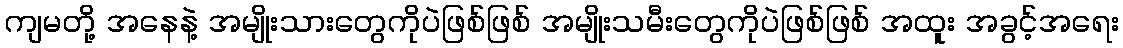
ကျမတို့ အနေနဲ့ အမျိုးသားတွေကိုပဲဖြစ်ဖြစ် အမျိုးသမီးတွေကိုပဲဖြစ်ဖြစ် အထူး အခွင့်အရေး